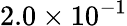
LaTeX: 2.0\times 10^{-1}